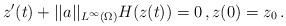
LaTeX: \begin{align*}z^{\prime}(t) + ||a||_{L^{\infty}(\Omega)}H(z(t))=0 \,, z(0)=z_0 \,.\end{align*}